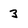
Character: 3